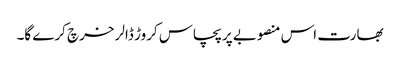
بھارت اس منصوبے پر پچاس کروڑ ڈالر خرچ کرے گا۔